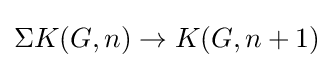
\Sigma K(G,n)\to K(G,n+1)